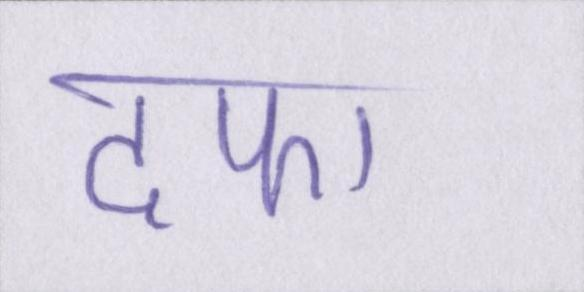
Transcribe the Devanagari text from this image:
दफा